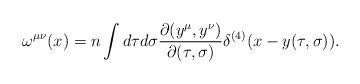
LaTeX: \begin{align*}\omega^{\mu\nu}(x) = n \int d\tau d\sigma \frac{\partial(y^{\mu}, y^{\nu})}{\partial(\tau, \sigma)} \delta^{(4)}(x-y(\tau, \sigma)).\end{align*}